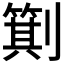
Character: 𪟕